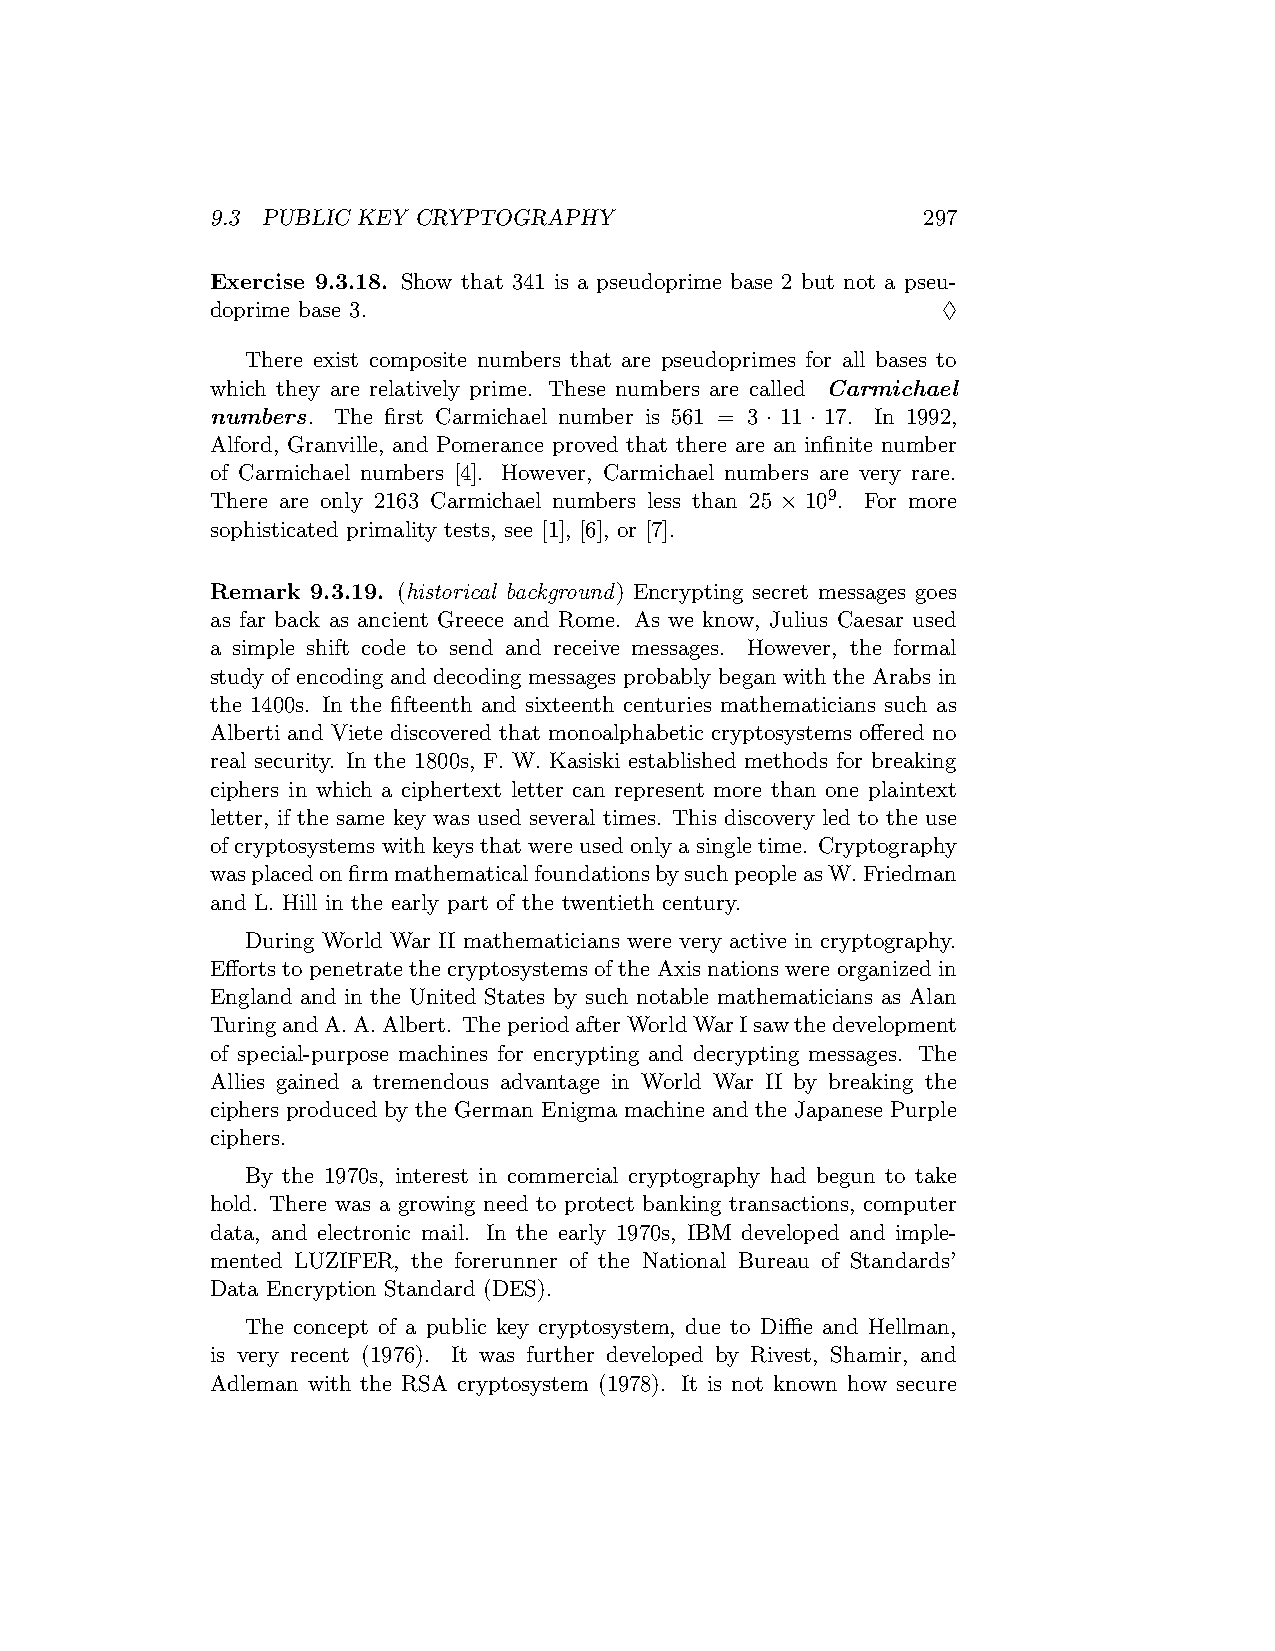
9.3 PUBLIC KEY CRYPTOGRAPHY                    297
 Exercise 9.3.18. Show that 341 is a pseudoprime base 2 but not a pseu-
 doprime base 3.                                 ♢
 There exist composite numbers that are pseudoprimes for all bases to
 which they are relatively prime. These numbers are called Carmichael
 numbers. The first Carmichael number is 561 = 3 · 11 · 17. In 1992,
 Alford, Granville, and Pomerance proved that there are an infinite number
 of Carmichael numbers [4]. However, Carmichael numbers are very rare.
 There are only 2163 Carmichael numbers less than 25 × 109. For more
 sophisticated primality tests, see [1], [6], or [7].
 Remark 9.3.19. (historical background) Encrypting secret messages goes
 as far back as ancient Greece and Rome. As we know, Julius Caesar used
 a simple shift code to send and receive messages. However, the formal
 study of encoding and decoding messages probably began with the Arabs in
 the 1400s. In the fifteenth and sixteenth centuries mathematicians such as
 Alberti and Viete discovered that monoalphabetic cryptosystems offered no
 real security. In the 1800s, F. W. Kasiski established methods for breaking
 ciphers in which a ciphertext letter can represent more than one plaintext
 letter, if the same key was used several times. This discovery led to the use
 of cryptosystems with keys that were used only a single time. Cryptography
 wasplacedonfirmmathematicalfoundationsbysuchpeopleasW.Friedman
 and L. Hill in the early part of the twentieth century.
 During World War II mathematicians were very active in cryptography.
 Efforts to penetrate the cryptosystems of the Axis nations were organized in
 England and in the United States by such notable mathematicians as Alan
 TuringandA.A.Albert. TheperiodafterWorldWarIsawthedevelopment
 of special-purpose machines for encrypting and decrypting messages. The
 Allies gained a tremendous advantage in World War II by breaking the
 ciphers produced by the German Enigma machine and the Japanese Purple
 ciphers.
 By the 1970s, interest in commercial cryptography had begun to take
 hold. There was a growing need to protect banking transactions, computer
 data, and electronic mail. In the early 1970s, IBM developed and imple-
 mented LUZIFER, the forerunner of the National Bureau of Standards’
 Data Encryption Standard (DES).
 The concept of a public key cryptosystem, due to Diffie and Hellman,
 is very recent (1976). It was further developed by Rivest, Shamir, and
 Adleman with the RSA cryptosystem (1978). It is not known how secure